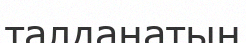
талданатын